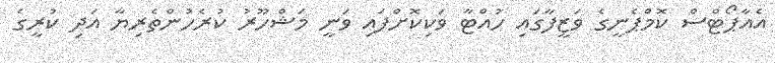
އެއާޕޯޓްސް ކޮމްޕެނީގެ ވަޒީފާގައި ހުއްޓާ ވަކިކޮށްފައި ވަނީ މަޝްހޫރު ކުރެހުންތެރިޔާ އަދި ކުރީގެ